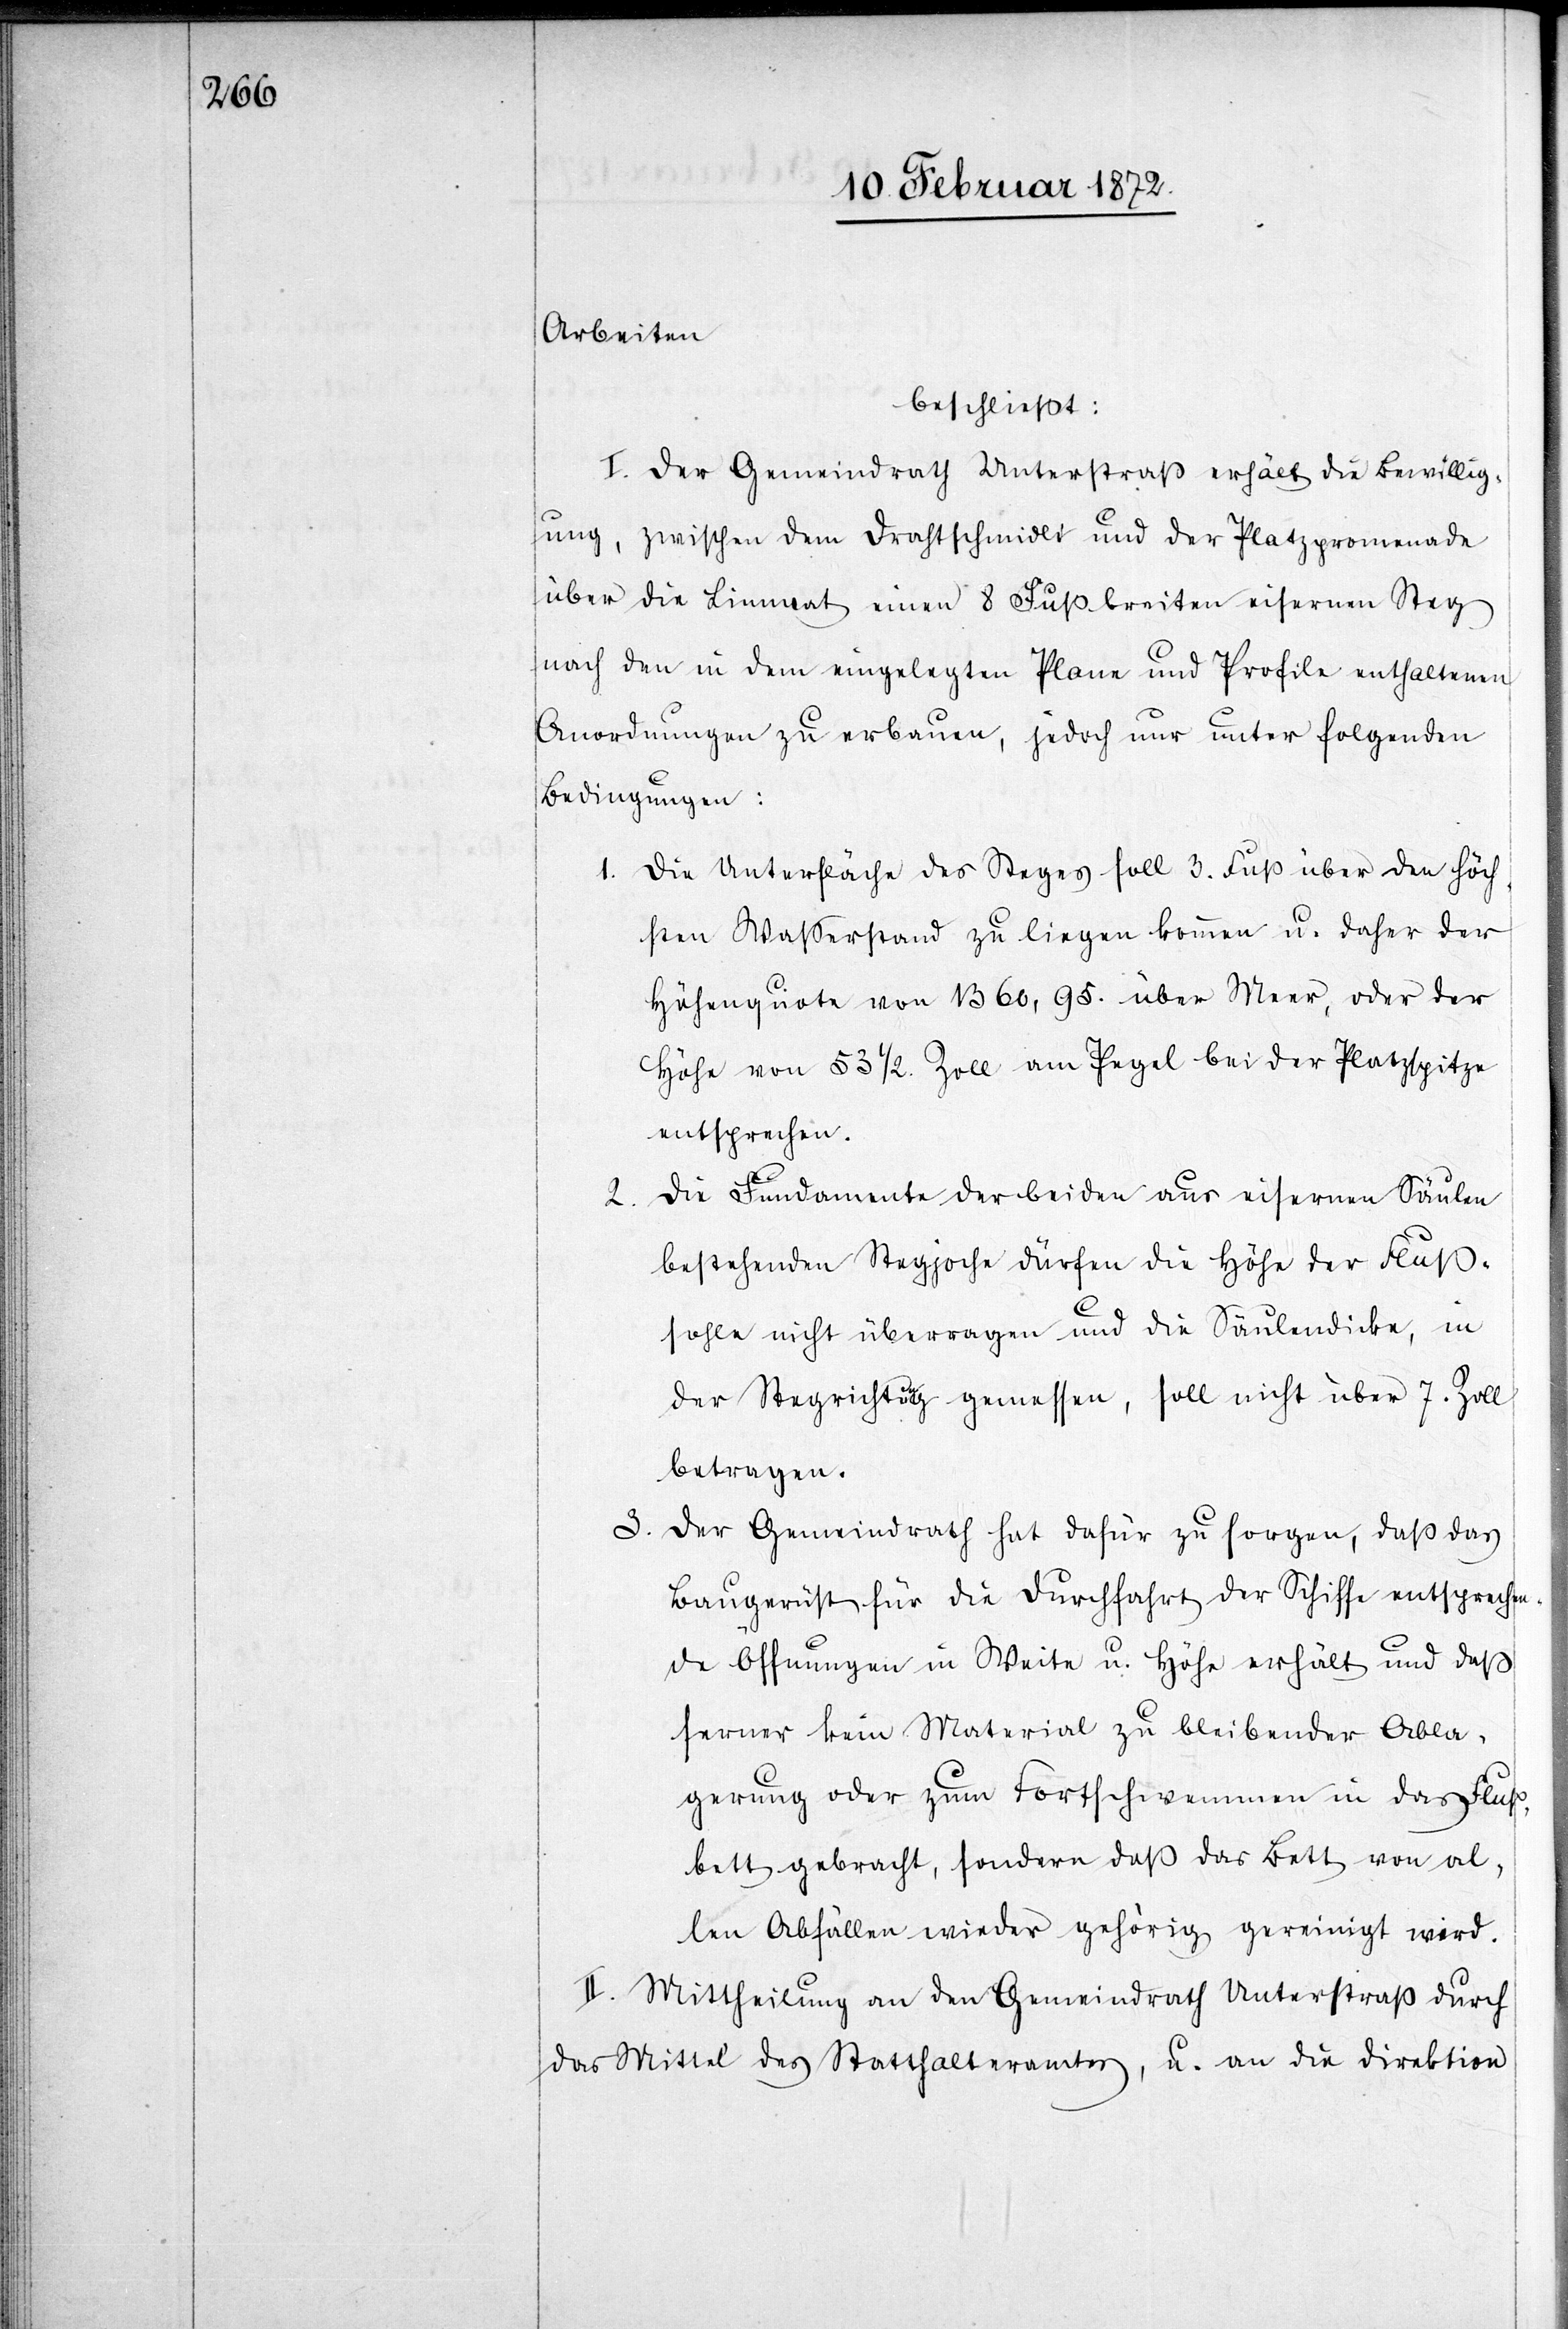
Arbeiten
beschließt:
I. Der Gemeindrath Unterstraß erhält die Bewillig¬
ung, zwischen dem Drahtschmidli und der Platzpromenade
über die Limmat einen 8 Fuß breiten eisernen Steg
nach den in dem eingelegten Plane und Profile enthaltenen
Anordnungen zu erbauen, jedoch nur unter folgenden
Bedingungen:
1. Die Unterfläche des Steges soll 3. Fuß über den höch¬
sten Wasserstand zu liegen kommen u. daher der
Höhenquote von 1360,95. über Meer, oder der
Höhe von 53 1/2 Zoll am Pegel bei der Platzspitze
entsprechen.
Die Fundamente der beiden aus eisernen Säulen
2.
bestehenden Stegjoche dürfen die Höhe der Fluß¬
sohle nicht überragen und die Säulendicke, in
der Stegrichtung gemessen, soll nicht über 7. Zoll
betragen.
3. Der Gemeindrath hat dafür zu sorgen, daß das
Baugerüst für die Durchfahrt der Schiffe entsprechen¬
de Öffnungen in Weite u. Höhe erhält und daß
ferner kein Material zu bleibender Abla¬
gerung oder zum Fortschwemmen in das Fluß¬
bett gebracht, sondern daß das Bett von al¬
len Abfällen wieder gehörig gereinigt wird.
II. Mittheilung an den Gemeindrath Unterstraß durch
das Mittel des Statthalteramtes, u. an die Direktion